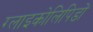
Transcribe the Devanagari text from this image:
ग्लाइकोलिपिडों